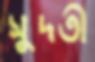
সুদতী